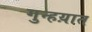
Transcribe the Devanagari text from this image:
गुन्हय़ात